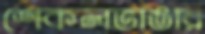
শেকলভাঙার